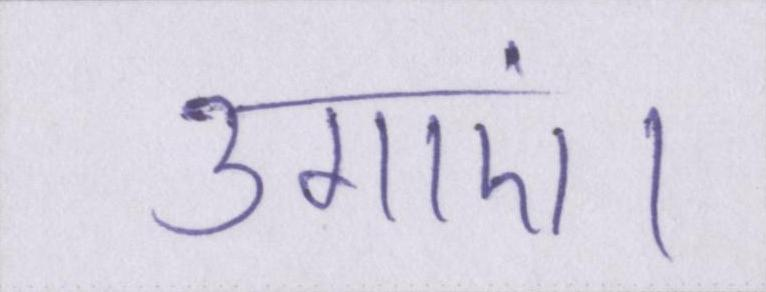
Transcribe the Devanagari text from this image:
उगाएं।